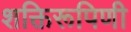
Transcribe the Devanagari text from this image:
शक्तिरूपिणी